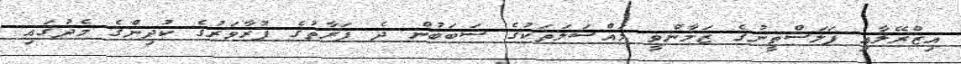
އިޒްރޭލާއި ފަަލަސްތީނުގެ ޒަމާންވީ މައްސަލަތަކުގެ ސަބަބުން ދެ ފަރާތުގެ ފުރާވަރުގެ ކުދިންގެ މެދުގައި